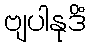
ဗျပါနုဒိံ